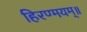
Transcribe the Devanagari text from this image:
हिरण्मयम्॥